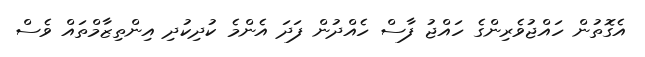
އެގޮތުން ހައްޖުވެރިންގެ ހައްޖު ފާސް ހެއްދުން ފަދަ އެންމެ ކުދިކުދި އިންތިޒާމްތައް ވެސް